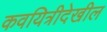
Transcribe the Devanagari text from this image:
कवयित्रीदेखील